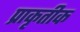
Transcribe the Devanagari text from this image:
प्राकृतीक